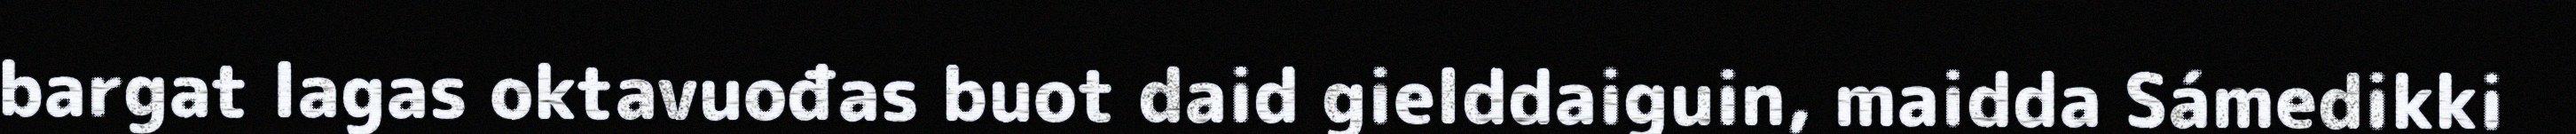
bargat lagas oktavuođas buot daid gielddaiguin, maidda Sámedikki